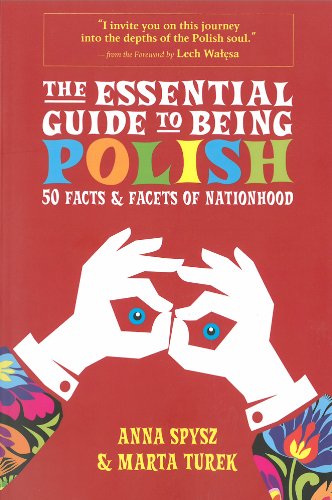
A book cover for The Essential Guide to Being Polish; Anna Spysz; Travel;